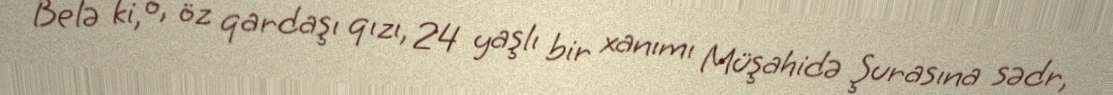
Belə ki, o, öz qardaşı qızı, 24 yaşlı bir xanımı Müşahidə Şurasına sədr,